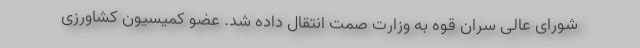
شورای عالی سران قوه به وزارت صمت انتقال داده شد. عضو کمیسیون کشاورزی